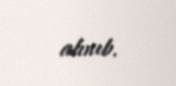
alınıb.